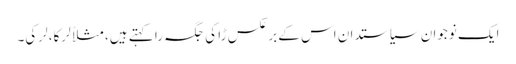
ایک نوجوان سیاستدان اس کے برعکس ڑا کی جگہ را کہتے ہیں، مثلاً لرکا، لرکی۔